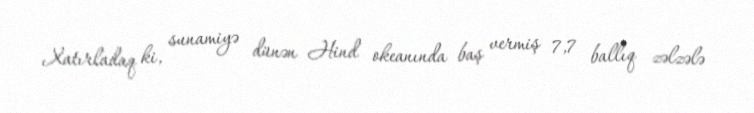
Xatırladaq ki, sunamiyə dünən Hind okeanında baş vermiş 7,7 ballıq zəlzələ